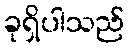
ခုရှိပါသည်